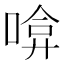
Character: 啽